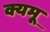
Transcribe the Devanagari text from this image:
क्यमू